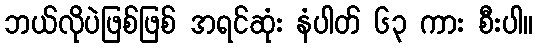
ဘယ်လိုပဲဖြစ်ဖြစ် အရင်ဆုံး နံပါတ် ၆၃ ကား စီးပါ။